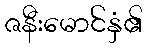
ဇနီးမောင်နှံ၏